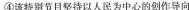
④该特别节目坚持以人民为中心的创作导向